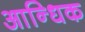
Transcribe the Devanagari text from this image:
आन्धिक